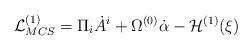
LaTeX: \begin{align*}{\cal L}^{(1)}_{MCS} = \Pi_i \dot A^i + \Omega^{(0)} \dot\alpha - {\cal H}^{(1)}(\xi)\end{align*}